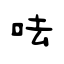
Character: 呿